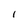
Character: I